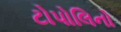
ટોપોલિનો